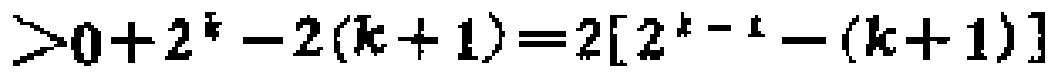
$>0 + 2^{k}-2(k + 1)=2[2^{k - 1}-(k + 1)]$